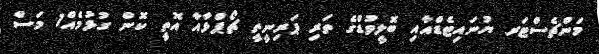
މަންޗެސްޓަރ ޔުނައިޓެޑްއާއި ބޮލީވުޑްގެ ތަރި ޕަރިނީތީ ޗޯޕްޅާއާ އޮތީ ކޮން ގުޅުމެއް1 މަސް